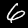
Digit: 6